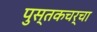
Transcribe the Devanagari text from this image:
पुस्तकचर्चा